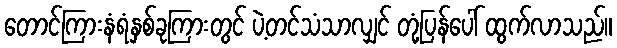
တောင်ကြားနံရံနှစ်ခုကြားတွင် ပဲ့တင်သံသာလျှင် တုံ့ပြန်ပေါ် ထွက်လာသည်။